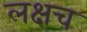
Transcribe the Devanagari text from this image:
लक्षच